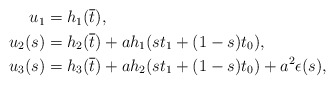
\begin{align*}\begin{aligned} u_1 &= h_1(\overline{t}),\\ u_2(s) &= h_2(\overline{t}) + ah_1(st_1 +(1-s)t_0),\\ u_3(s) &= h_3(\overline{t}) + a h_2(st_1 + (1-s)t_0) + a^2 \epsilon(s),\end{aligned}\end{align*}